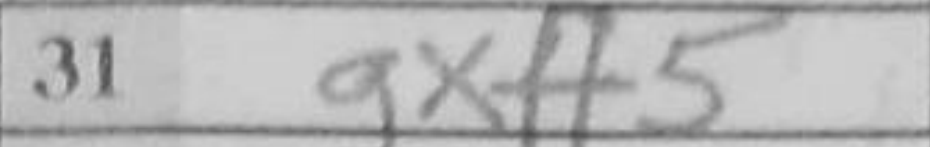
Transcription: gxh5